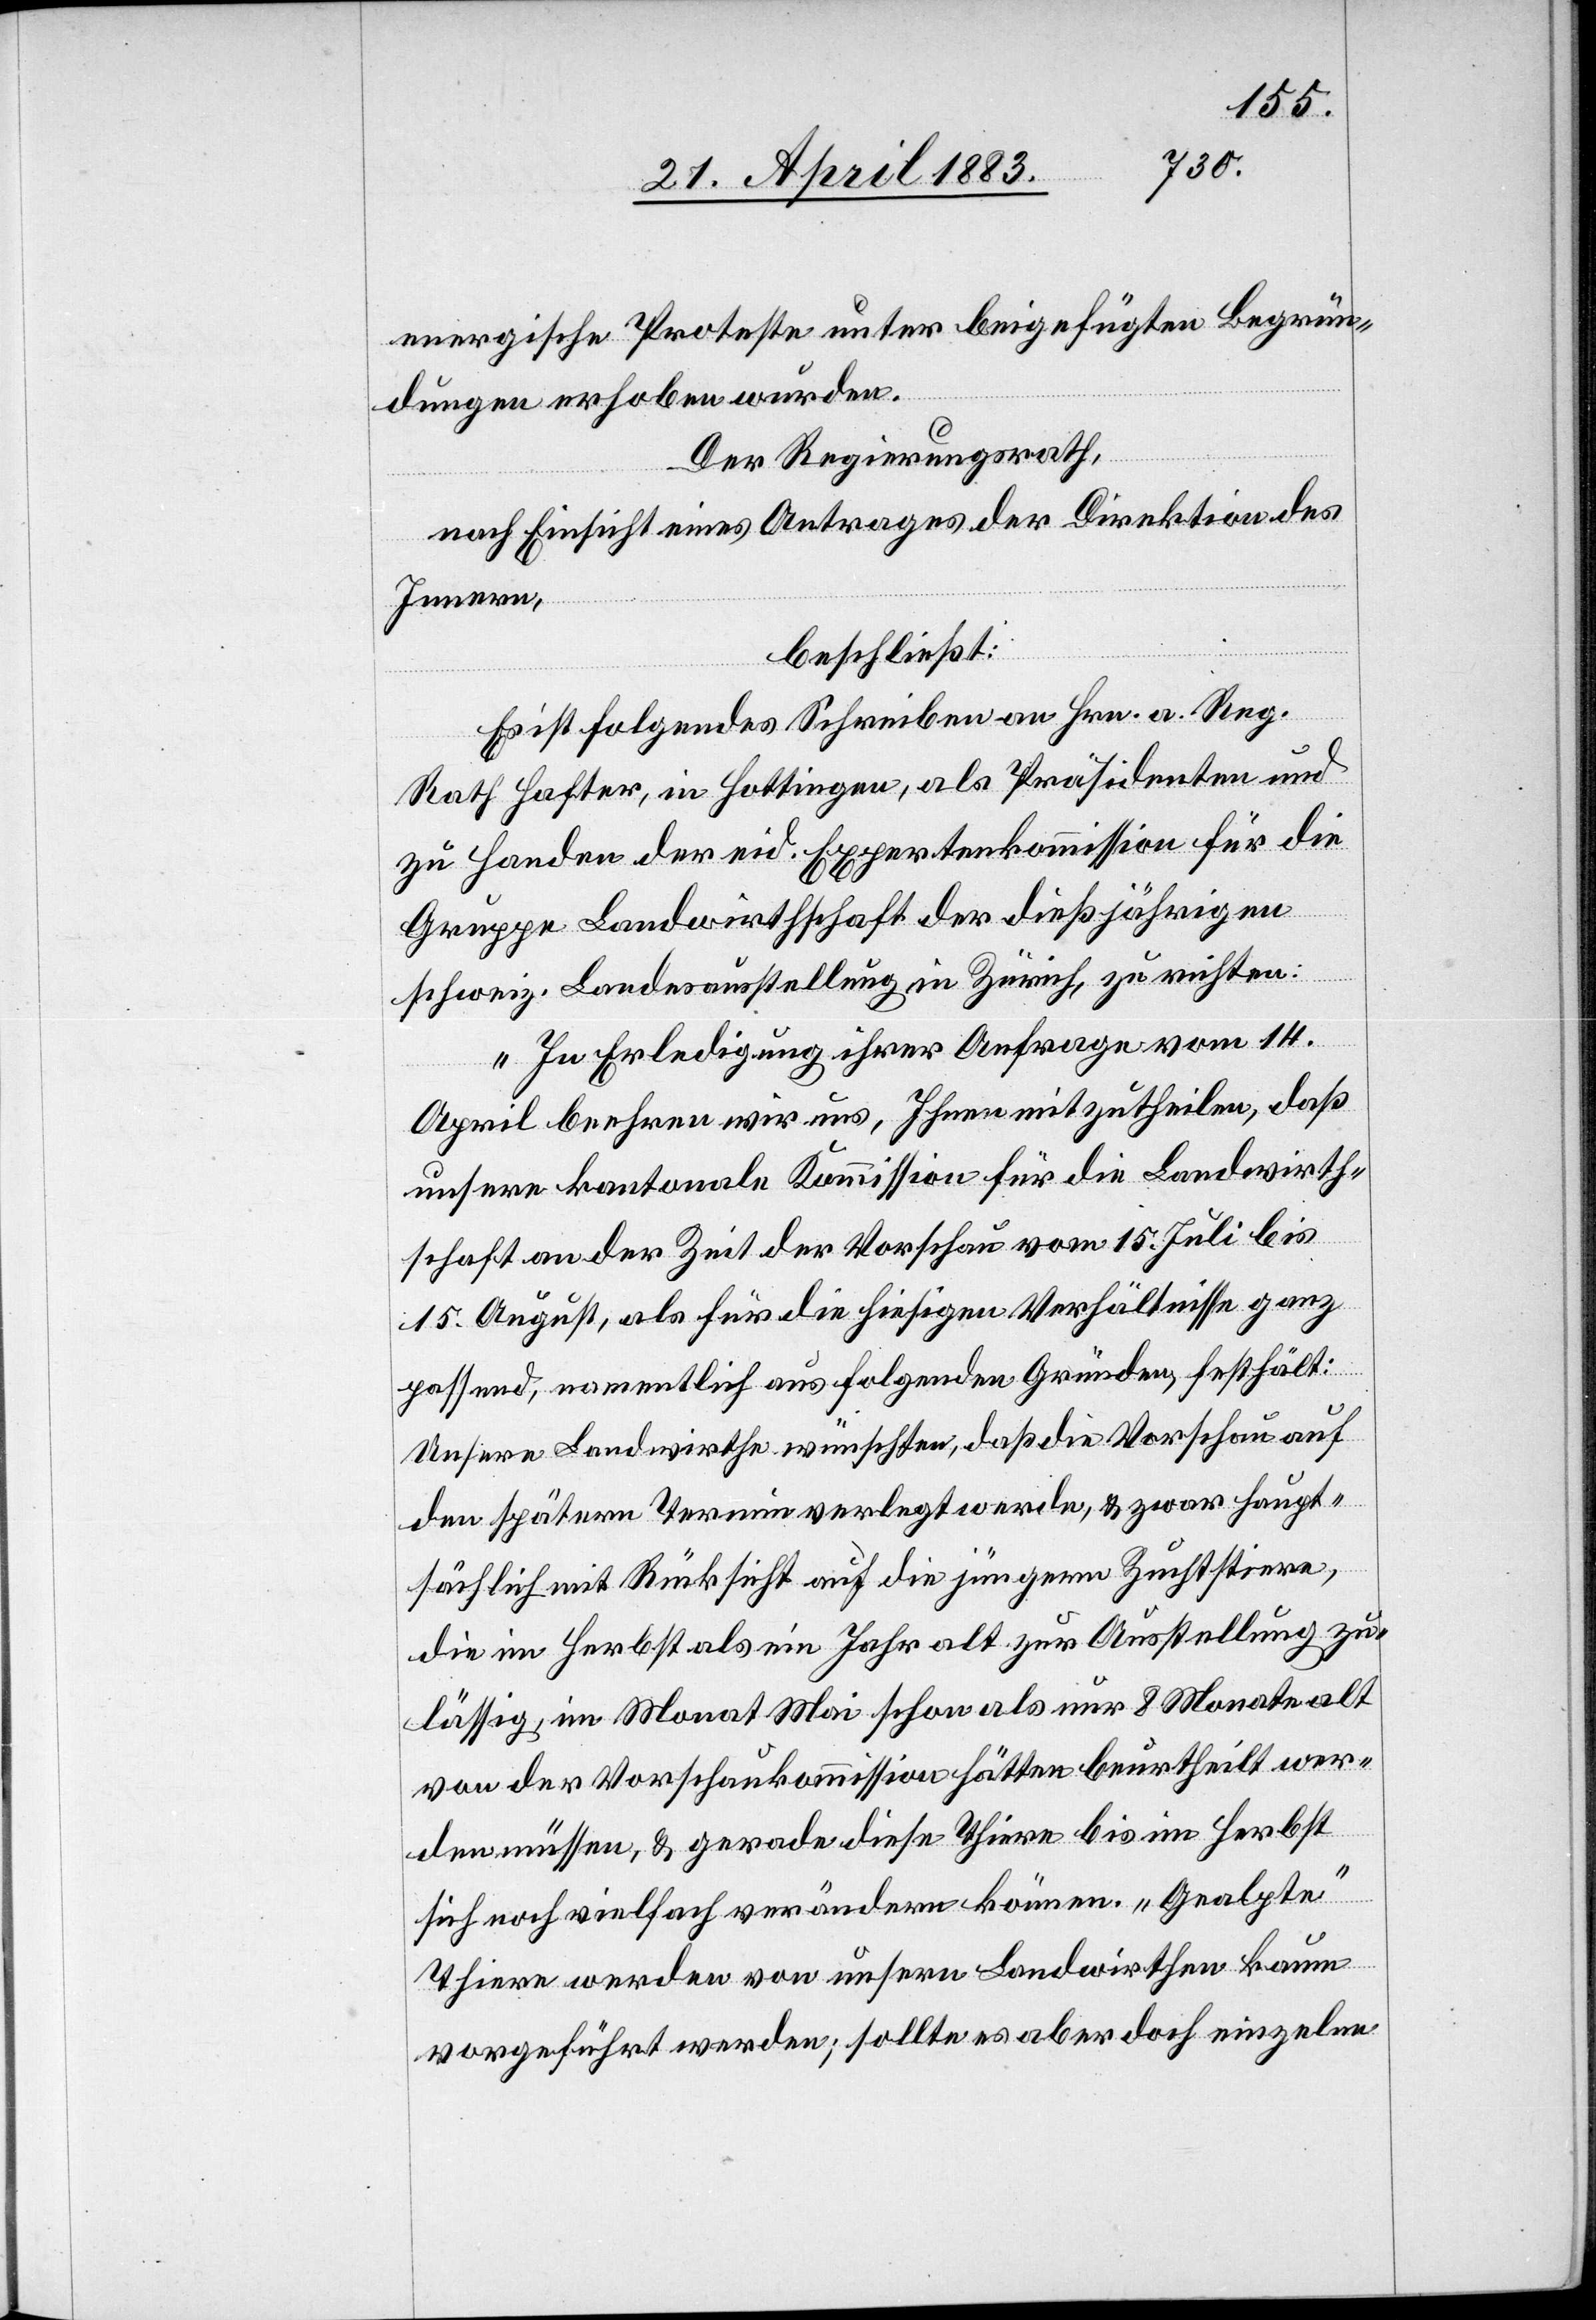
energische Proteste unter beigefügten Begrün¬
dungen erhoben wurden.
Der Regierungsrath,
nach Einsicht eines Antrages der Direktion des
Innern,
beschließt:
Es ist folgendes Schreiben an Hrn. a. Reg.
Rath Hafter, in Hottingen, als Präsidenten und
zu Handen der eid. Expertenkommission für die
Gruppe Landwirthschaft der dießjährigen
schweiz. Landesausstellung in Zürich, zu richten:
„In Erledigung ihrer Anfrage vom 14.
April beehren wir uns, Ihnen mitzutheilen, daß
unsere kantonale Kommission für die Landwirth¬
schaft an der Zeit der Vorschau vom 15. Juli bis
15. August, als für die hiesigen Verhältnisse ganz
passend, namentlich aus folgenden Gründen, festhält:
Unsere Landwirthe wünschten, daß die Vorschau auf
den spätern Termin verlegt werde, & zwar haupt¬
sächlich mit Rücksicht auf die jüngere Zuchtstiere,
die im Herbst als ein Jahr alt zur Ausstellung zu¬
lässig, im Monat Mai schon als nur 8 Monate alt
von der Vorschaukommission hätten beurtheilt wer¬
den müssen, & gerade diese Thiere bis im Herbst
sich noch vielfach verändern können. „Gealpte“
Thiere werden von unsern Landwirthen kaum
vorgeführt werden; sollten es aber doch einzelne